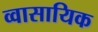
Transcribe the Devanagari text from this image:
व्वासायिक